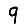
Digit: 9